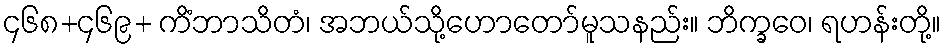
၄၆၈+၄၆၉+ ကိံဘာသိတံ၊ အဘယ်သို့ဟောတော်မူသနည်း။ ဘိက္ခဝေ၊ ရဟန်းတို့။